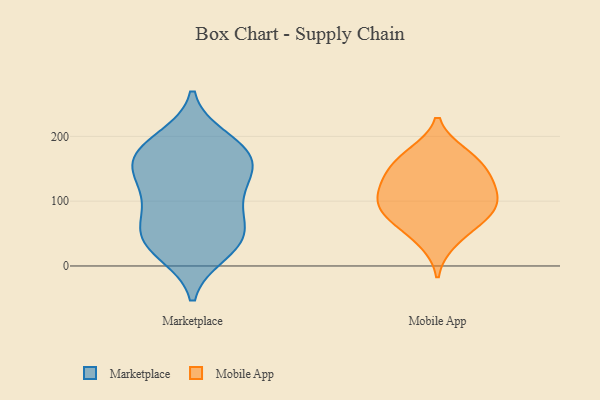
{"axis": {"x": "Waste Production (Tons)", "y": "Value"}, "legend": ["Marketplace", "Mobile App"], "data": [{"x": "", "y": 148, "type": "Marketplace"}, {"x": "", "y": 148, "type": "Marketplace"}, {"x": "", "y": 24, "type": "Marketplace"}, {"x": "", "y": 41, "type": "Marketplace"}, {"x": "", "y": 93, "type": "Marketplace"}, {"x": "", "y": 187, "type": "Marketplace"}, {"x": "", "y": 168, "type": "Marketplace"}, {"x": "", "y": 178, "type": "Marketplace"}, {"x": "", "y": 54, "type": "Marketplace"}, {"x": "", "y": 20, "type": "Marketplace"}, {"x": "", "y": 44, "type": "Marketplace"}, {"x": "", "y": 58, "type": "Marketplace"}, {"x": "", "y": 93, "type": "Marketplace"}, {"x": "", "y": 137, "type": "Marketplace"}, {"x": "", "y": 115, "type": "Marketplace"}, {"x": "", "y": 196, "type": "Marketplace"}, {"x": "", "y": 167, "type": "Marketplace"}, {"x": "", "y": 82, "type": "Mobile App"}, {"x": "", "y": 147, "type": "Mobile App"}, {"x": "", "y": 172, "type": "Mobile App"}, {"x": "", "y": 104, "type": "Mobile App"}, {"x": "", "y": 116, "type": "Mobile App"}, {"x": "", "y": 90, "type": "Mobile App"}, {"x": "", "y": 36, "type": "Mobile App"}, {"x": "", "y": 65, "type": "Mobile App"}, {"x": "", "y": 146, "type": "Mobile App"}, {"x": "", "y": 175, "type": "Mobile App"}, {"x": "", "y": 109, "type": "Mobile App"}, {"x": "", "y": 134, "type": "Mobile App"}, {"x": "", "y": 73, "type": "Mobile App"}]}